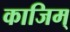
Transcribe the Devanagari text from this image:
काजिम्